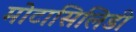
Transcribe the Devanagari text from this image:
मोटासिलिडी